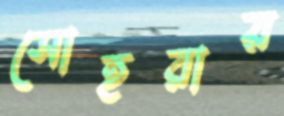
সোহরায়